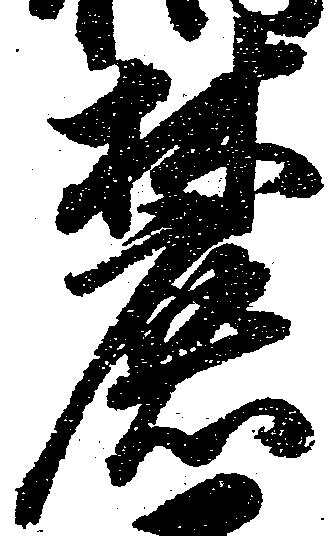
麓